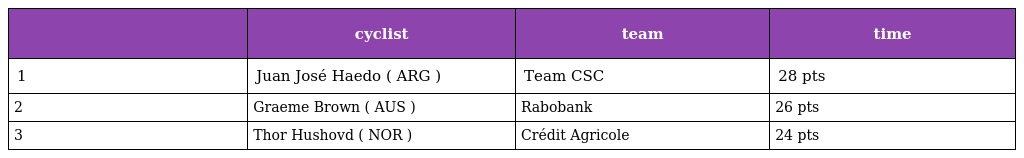
|  | cyclist | team | time |
 | --- | --- | --- | --- |
 | 1 | Juan José Haedo ( ARG ) | Team CSC | 28 pts |
 | 2 | Graeme Brown ( AUS ) | Rabobank | 26 pts |
 | 3 | Thor Hushovd ( NOR ) | Crédit Agricole | 24 pts |